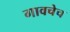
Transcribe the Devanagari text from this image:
गावचेच